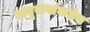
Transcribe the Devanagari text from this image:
बाबूरावांकडेच